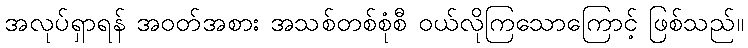
အလုပ်ရှာရန် အဝတ်အစား အသစ်တစ်စုံစီ ဝယ်လိုကြသောကြောင့် ဖြစ်သည်။